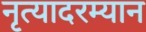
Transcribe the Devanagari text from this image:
नृत्यादरम्यान